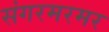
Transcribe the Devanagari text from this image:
संगरमरमर